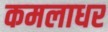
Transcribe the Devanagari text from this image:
कमलाधर